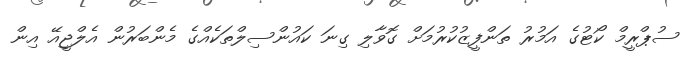
ސުޕްރީމް ކޯޓުގެ އަމުރު ތަންފީޒުކުރުމަށް ގޮވާލި ގިނަ ކައުންސިލްތަކެއްގެ މެންބަރުން އެލްޖީއޭ އިން